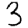
Digit: 3